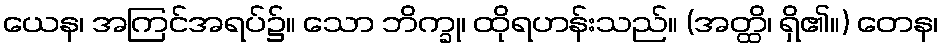
ယေန၊ အကြင်အရပ်၌။ သော ဘိက္ခု၊ ထိုရဟန်းသည်။ (အတ္ထိ၊ ရှိ၏။) တေန၊